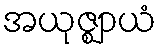
အယုဇ္ဈာယံ